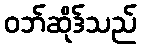
ဝဘ်ဆိုဒ်သည်